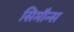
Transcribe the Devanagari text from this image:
सिमौन्स